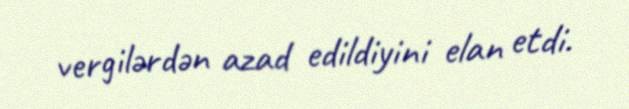
vergilərdən azad edildiyini elan etdi.